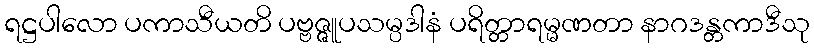
ရဋ္ဌပါလော ပကာသီယတိ ပဗ္ဗဇ္ဇူပသမ္ပဒါနံ ပရိတ္တာရမ္မဏတာ နာဂဒန္တကာဒီသု